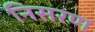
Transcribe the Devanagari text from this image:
निसरण